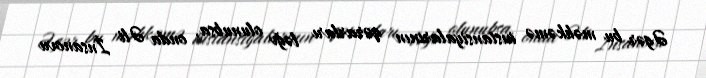
Əgər bu məhkəmə instansiyalarının qərarları ləğv olunubsa, onda Əli İnsanovu